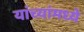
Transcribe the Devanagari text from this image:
यांच्यांमध्ये